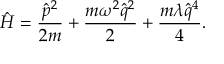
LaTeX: \hat { H } = \frac { \hat { p } ^ { 2 } } { 2 m } + \frac { m \omega ^ { 2 } \hat { q } ^ { 2 } } { 2 } + \frac { m \lambda \hat { q } ^ { 4 } } { 4 } .